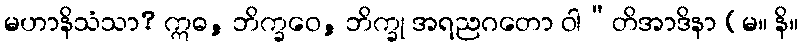
မဟာနိသံသာ? ဣဓ, ဘိက္ခဝေ, ဘိက္ခု အရညဂတော ဝါ”တိအာဒိနာ (မ။ နိ။